Civil Veterinary Dept. North-West Frontier Province 1901-22 - 1901-1922
Year: 1901
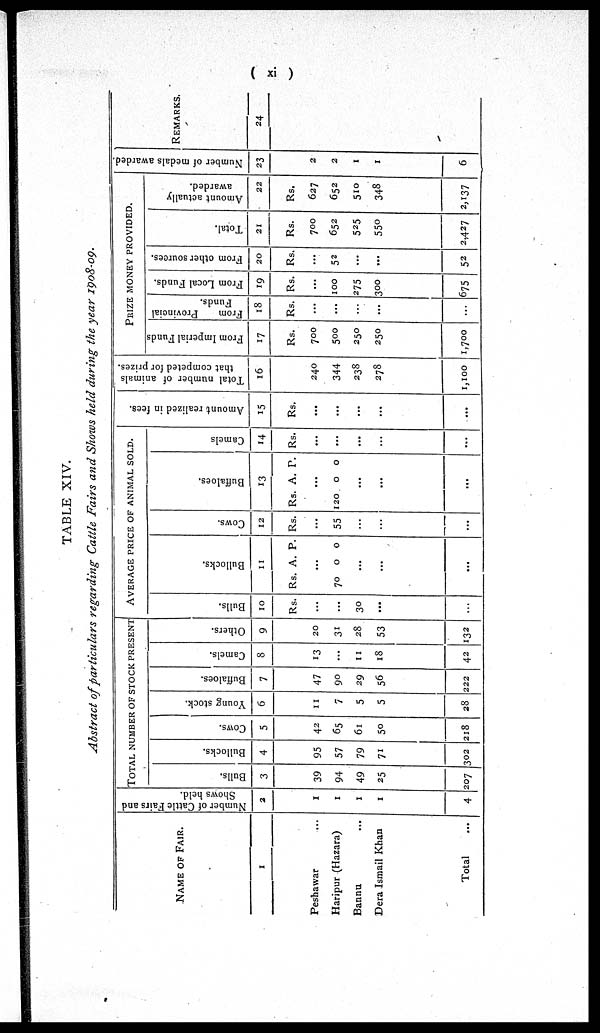
( xi )
TABLE XIV.
Abstract of particulars regarding Cattle Fairs and Shows held during the year 1908-09.
NAME OF FAIR.
1
Peshawar ...
Haripur (Hazara)
Bannu ...
Dera Ismail Khan
Total ...
Number of Cattle Fairs and
Shows held.
2
1
1
1
1
4
TOTAL NUMBER OF STOCK PRESENT
Bulls.
3
39
94
49
25
207
Bullocks.
4
95
57
79
71
302
Cows.
5
42
65
61
50
218
Young stock.
6
11
7
5
5
28
Buffaloes.
7
47
90
29
56
222
Camels.
8
13
...
11
18
42
Others.
9
20
31
28
53
132
AVERAGE PRICE OF ANIMAL SOLD.
Bulls.
10
Rs.
...
...
30
...
...
Rs.
70
Bul l
ocks .
11
A.
...
0
...
...
...
P.
0
Cows.
12
Rs.
...
55
...
...
...
Rs.
120
Buffaloes.
13
A.
...
0
...
...
...
P.
0
Camels
14
Rs.
...
...
...
...
...
Amount
realized in fees.
15
Rs.
...
...
...
...
...
Total number of animals
that competed for prizes.
16
240
344
238
278
1,100
PRIZE MONEY PROVIDED.
From Imperial Funds
17
Rs.
700
500
250
250
1,700
From
Provincial
Funds.
18
Rs.
...
...
...
...
...
From Local Funds.
19
Rs.
...
100
275
300
575
From other sources.
20
Rs.
...
52
...
...
52
Total.
21
Rs.
700
652
525
550
2,427
Amount actually
awarded.
22
Rs.
627
652
510
348
2,137
Number of medals awarded.
23
2
2
1
1
6
REMARKS.
24